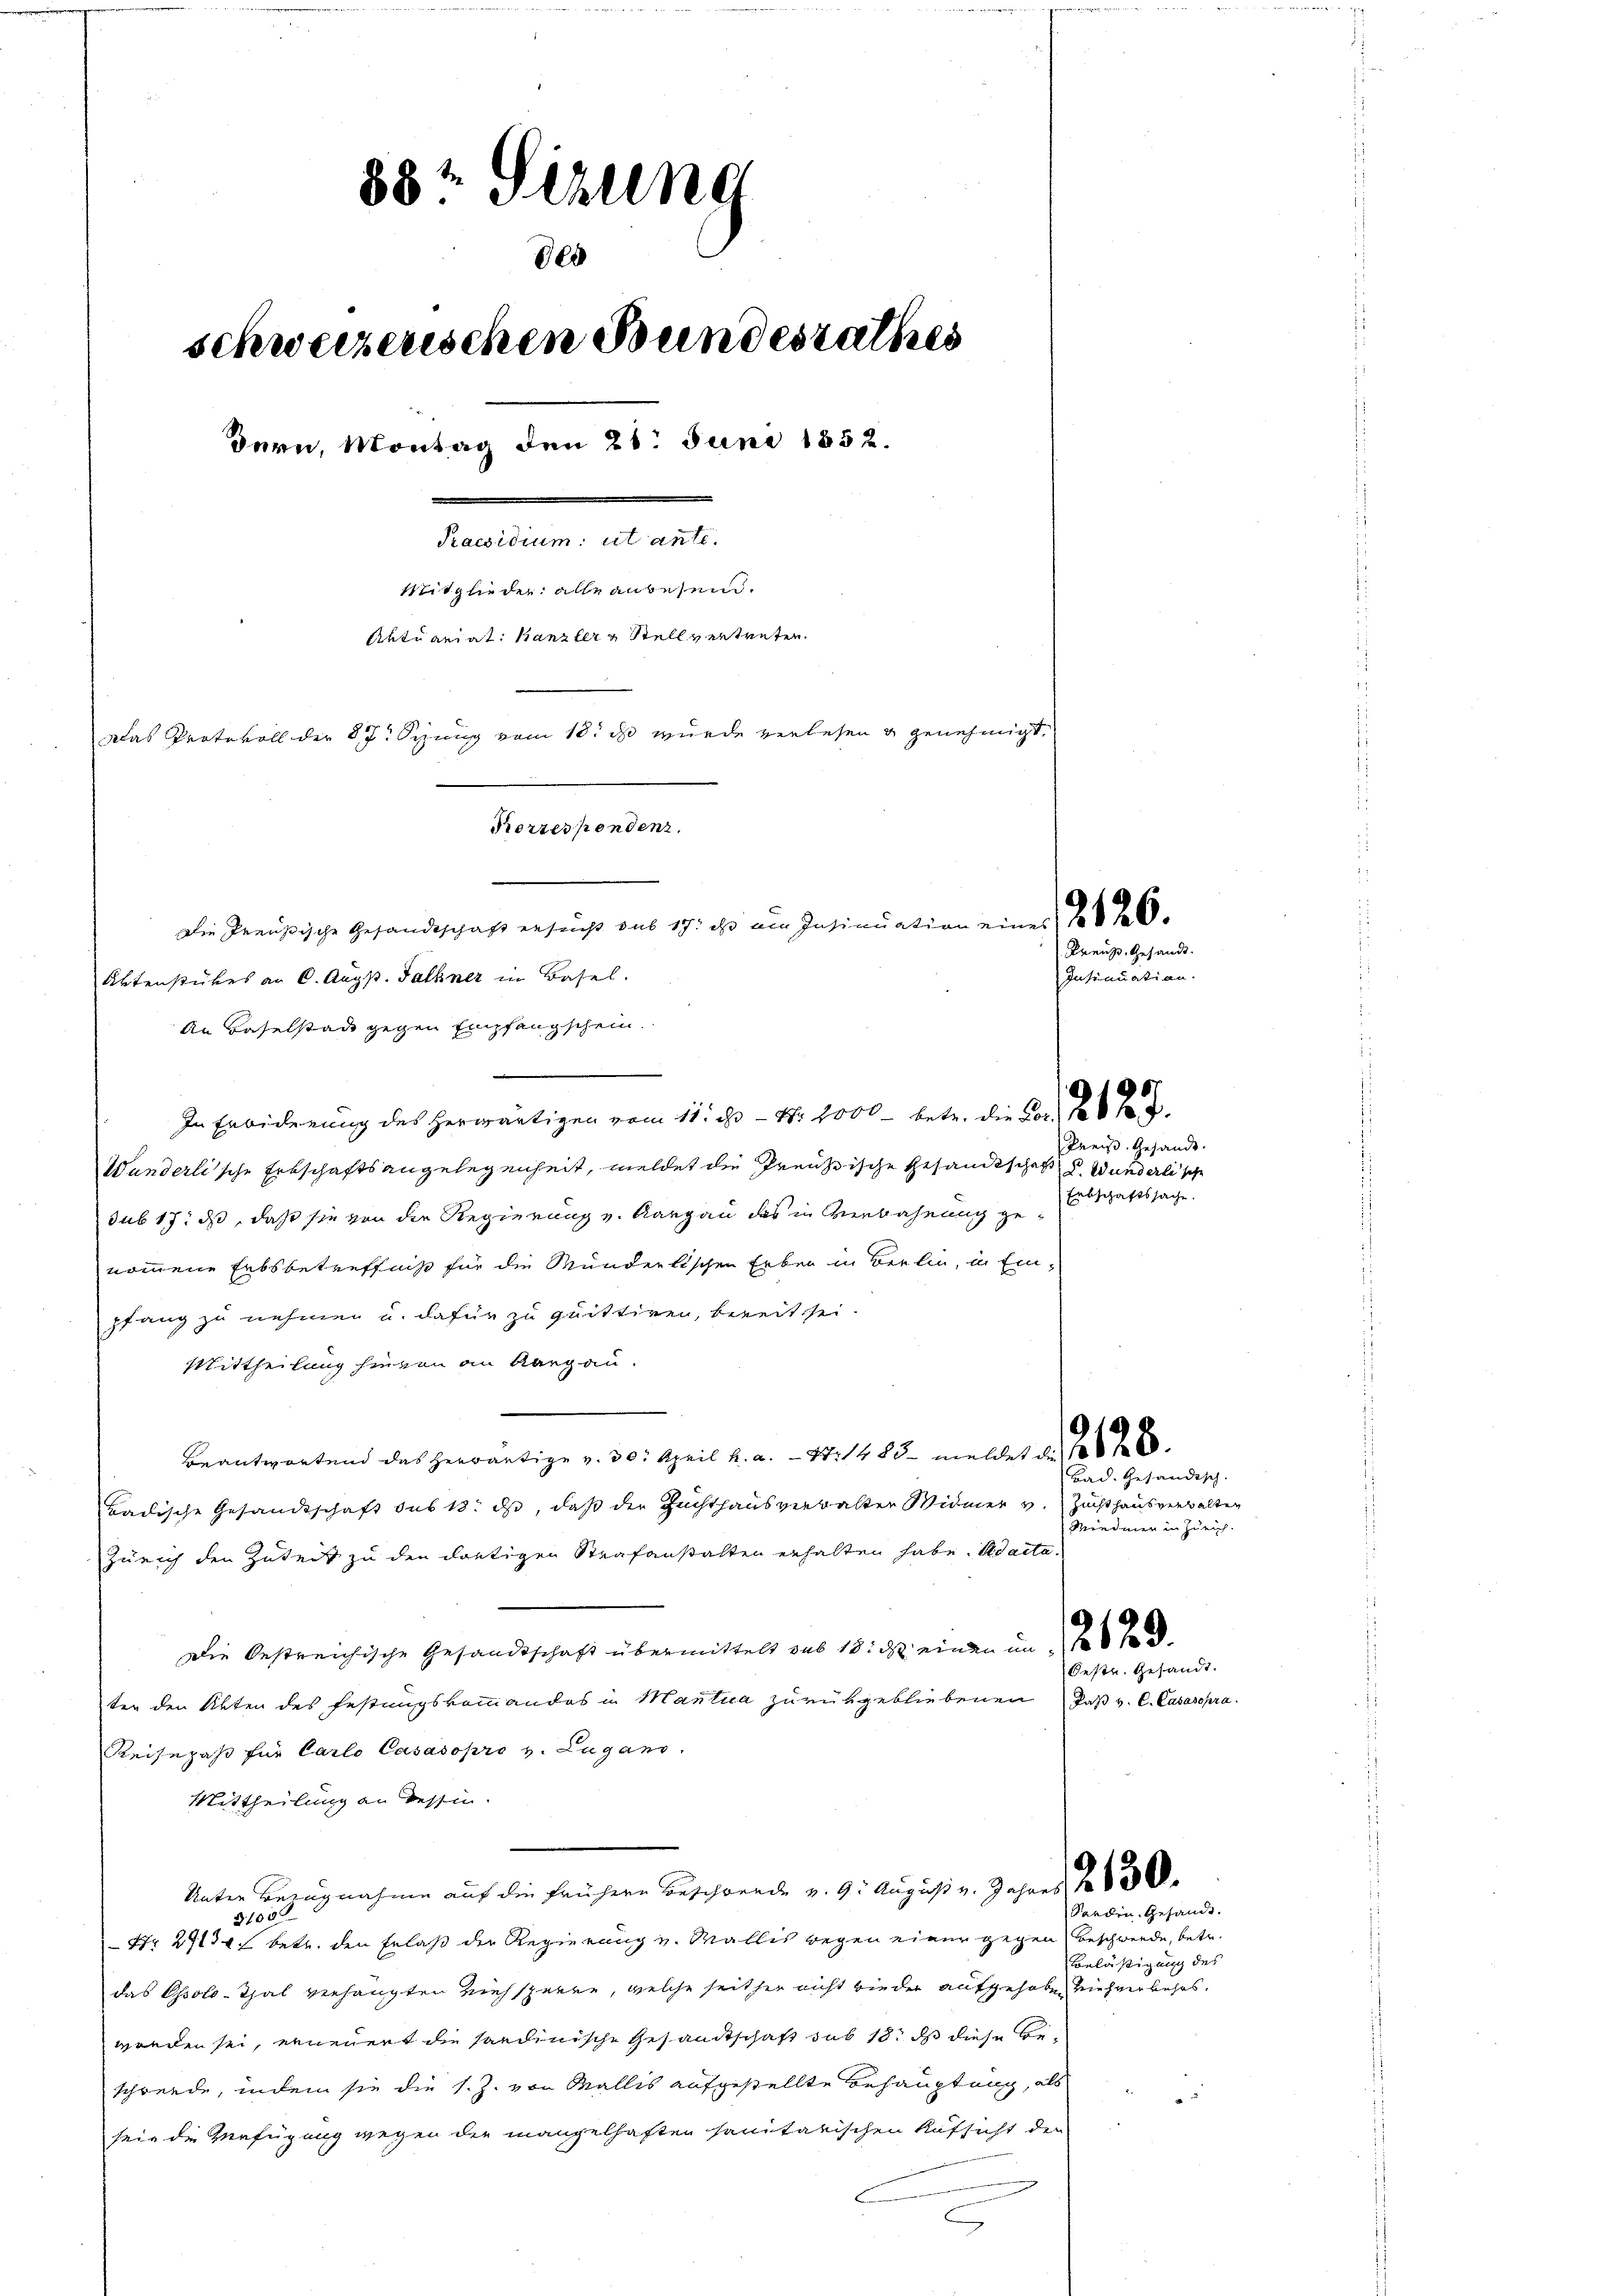
88t Sitzung
800
schweizerischen Bundesrathes
Bern, Montag den 21. Juni 1852.
Praesidium ut ante.
Mitglieder alle anbesein.
Aktuariat Kanzler & Stellvertreten.
ades Vertebels der 67. Signung vom 18. ds. wurde verlesen u genehmigt.
Korrespondenz.
Die Preußische Gesandtschaft ersucht aus 17: es im Insinuation eines 18 J
Aktenstückes an C. Aug. Falkner in Basel.

An Baselstadt gegen Empfangschein
.
In Erbiderung des herwärtigen vom 11. ds. - Nr. 2000 betr. die Por
Kreis. Gesandt.
Wanderlische Erbschaftsangelegenheit, meldet die Preussische Gesandtschaft d. Wunderlische
Erbschaftssache.
sub 17. ds, daß sie von die Regierung u. Aargau des in Verbahnung genommene Erbsbetreffniß für die Münderlischen Erben in Berlin, in Einpfang zu nehmen u. dafür zu quittiren, bereit sei.
Mittheilung hievon an Aargau.
Beantwortend das herwärtige v. 30. April h. a. — Nr. 1483. meldet u. 106
Badische Gesandtschaft des 18. ds, daß der Zuchthausverwalter Widmer v. Zuchthausverwalten
Zürich den Zuteil zu den dortigen Strafanstalten erhalten habe. Adacta.
Die Oestreichische Gesandtschaft übermittelt sub 18. ds. einen im 16 J
Oestr. Gesandt.
ter den Akten des Festungskommandos in Mantica zurükgebliebenen Paß v. C. Casasopra
Reisepaß für Carlo Casasopro v. Lugans.
Mittheilung an dessin.
Unter Bezugnahme auf die frühere Beschwerde v. 9. August v. Jahres 1830.
Sarden. Gesandt.
3100
 Nr. 29130 f betr. den Erlaß der Regierung v. Wallis wegen einer gegen beschwerde, betr.
Belästigung des
das Ossolo-Thal verhängten Ziehsparen, welche seither nicht wieder aufgehoben mehrer behasworden sei, erneuert die sondinische Gesandtschaft sub 13. ds diese Beschwerde, indem sie die s. Z. von Wallis aufgestellte Behauptung, als
sein die Verfügung wegen der mangelhaften sanitarischen Aufsicht den

Kreuz. Gesandt.
Insinuation.

Bad. Gesändisch.
Miedmen in Zürich.